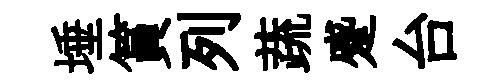
埵篔列蔬蹙台